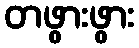
တဖွားဖွား